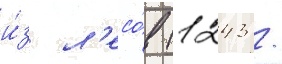
и́з л'есо́в (1243 /